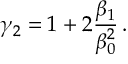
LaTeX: \gamma _ { 2 } = 1 + 2 { \frac { \beta _ { 1 } } { \beta _ { 0 } ^ { 2 } } } \, .